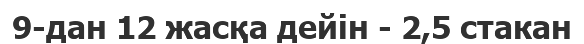
9-дан 12 жасқа дейін - 2,5 стакан